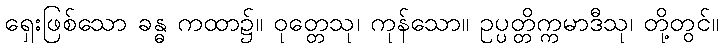
ရှေးဖြစ်သော ခန္ဓ ကထာ၌။ ဝုတ္တေသု၊ ကုန်သော။ ဥပ္ပတ္တိက္ကမာဒီသု၊ တို့တွင်။